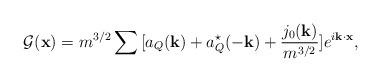
LaTeX: \begin{align*}{\cal G}({\bf x}) = m^{3/2}\sum{}[a_Q({\bf k}) +a^\star_Q(-{\bf k})+\frac{j_0({\bf k})}{m^{3/2}}]e^{i{\bf k\cdot x}},\end{align*}